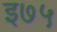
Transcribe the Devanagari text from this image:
इ७५